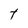
Character: t